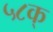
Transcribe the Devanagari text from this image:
५८क्